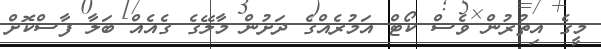
މީގެ އިތުރުން ވެސް ކޯޓް އަމުރެއްގެ ދަށުން މާލޭގެ ގެއެއް ބަލާ ފާސްކޮށް